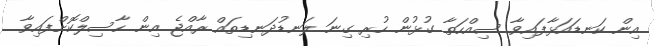
އިން ކަނޑައަޅާފައިވާ ސިއްހަތާ ގުޅުން ހުރި ގިނަ ލަނޑުދަނޑިތައް ރާއްޖެ އިން ހާސިލްކޮށްފައިވާ